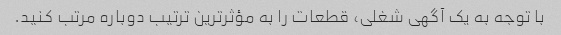
با توجه به یک آگهی شغلی، قطعات را به مؤثرترین ترتیب دوباره مرتب کنید.